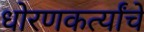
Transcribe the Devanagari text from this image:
धोरणकर्त्यांचे